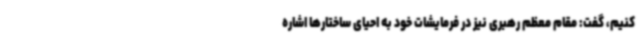
کنیم، گفت: مقام معظم رهبری نیز در فرمایشات خود به احیای ساختارها اشاره